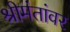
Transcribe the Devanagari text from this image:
श्रीमंतांवर